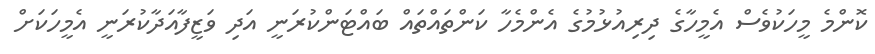
ކޮންމެ މީހަކުވެސް އެމީހާގެ ދިރިއުޅުމުގެ އެންމެހާ ކަންތައްތައް ބައްޓަންކުރަނީ އަދި ވަޒީފާއަދާކުރަނީ އެމީހަކަށް